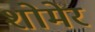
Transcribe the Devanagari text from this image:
शोमेर